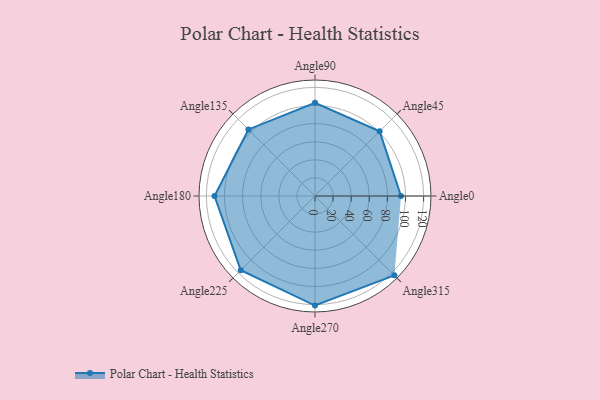
{"axis": {"x": "Angle", "y": "Radius"}, "legend": [""], "data": [{"x": "Angle0", "y": 95.0, "type": ""}, {"x": "Angle45", "y": 101.0, "type": ""}, {"x": "Angle90", "y": 103.0, "type": ""}, {"x": "Angle135", "y": 104.0, "type": ""}, {"x": "Angle180", "y": 111.0, "type": ""}, {"x": "Angle225", "y": 116.0, "type": ""}, {"x": "Angle270", "y": 121.0, "type": ""}, {"x": "Angle315", "y": 124.0, "type": ""}]}